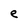
Character: e